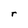
Character: r